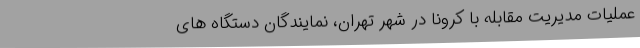
عملیات مدیریت مقابله با کرونا در شهر تهران، نمایندگان دستگاه های